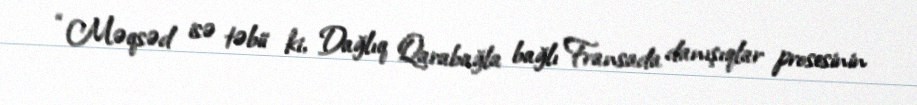
“Məqsəd isə təbii ki, Dağlıq Qarabağla bağlı Fransada danışıqlar prosesinin